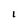
Character: I